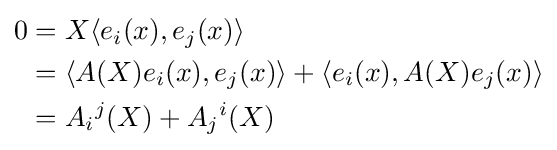
{\begin{aligned}0&=X\langle e_{i}(x),e_{j}(x)\rangle \\&=\langle A(X)e_{i}(x),e_{j}(x)\rangle +\langle e_{i}(x),A(X)e_{j}(x)\rangle \\&=A_{i}{}^{j}(X)+A_{j}{}^{i}(X)\\\end{aligned}}